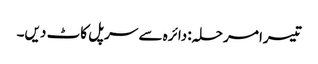
تیسرا مرحلہ: دائرہ سے سرپل کاٹ دیں۔